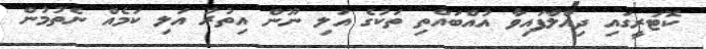
ކޮޓަރީގައި ދިއްލާފައިވާ އުއްބައްތި ތަކުގެ އަލި ނޫން އިތުރު އަލި ކަމެއް ނެތުމުން